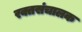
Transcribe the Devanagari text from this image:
रक्तसंचालक